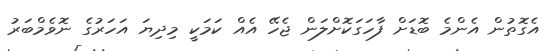
އެގޮތުން އެންމެ ބޮޑަށް ފާހަގަކޮށްލަން ޖެހޭ އެއް ކަމަކީ މިދިޔަ އަހަރުގެ ނޮވެމްބަރު